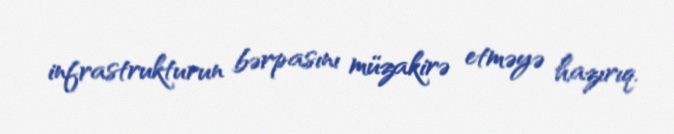
infrastrukturun bərpasını müzakirə etməyə hazırıq.